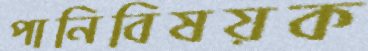
পানিবিষয়ক